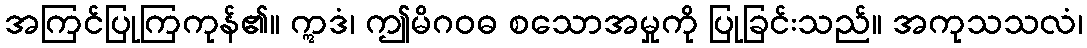
အကြင်ပြုကြကုန်၏။ ဣဒံ၊ ဤမိဂဝဓ စသောအမှုကို ပြုခြင်းသည်။ အကုသသလံ၊